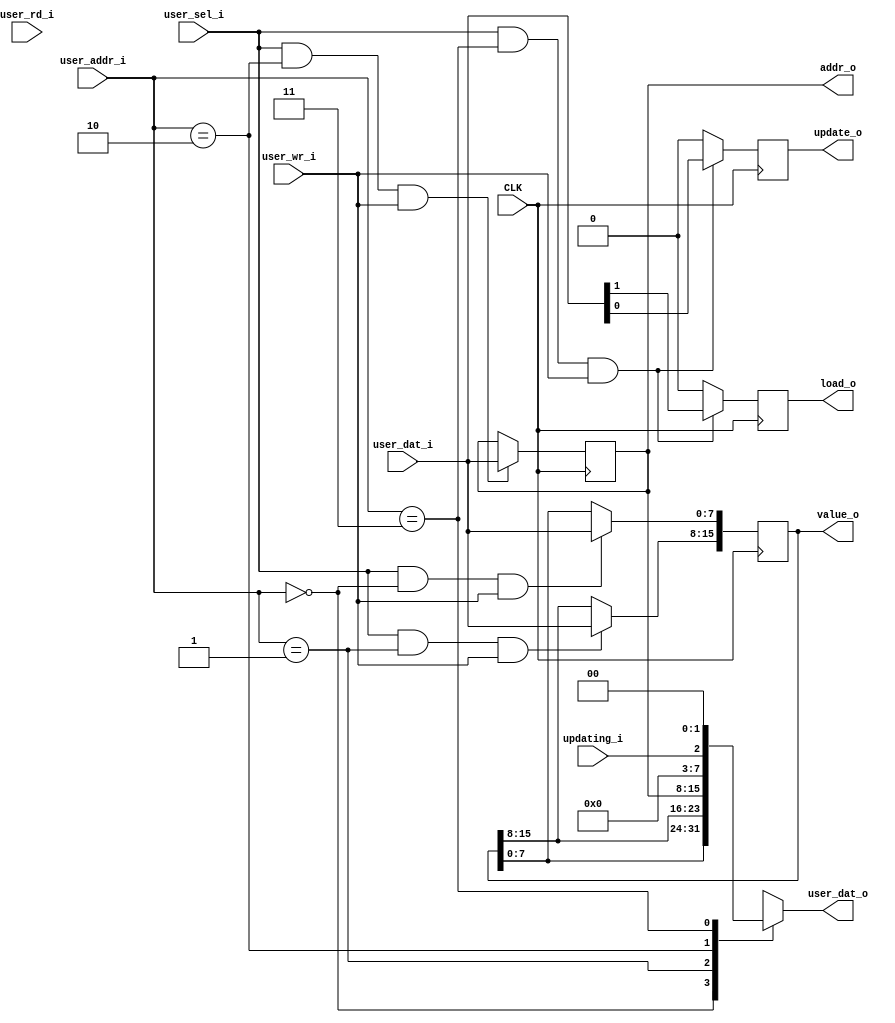
`timescale 1ns / 1ps
module RITC_DAC_Simple_interface(
		input CLK,
		input user_sel_i,
		input [1:0] user_addr_i,
		input [7:0] user_dat_i,
		output [7:0] user_dat_o,
		input user_wr_i,
		input user_rd_i,
		
		output [15:0] value_o,
		output [7:0] addr_o,
		output update_o,
		output load_o,
		input updating_i		
    );

	// Sleaze the DAC loading.
	reg [15:0] dac_value_register = {16{1'b0}};
	reg [7:0] dac_addr_register = {8{1'b0}};
	reg update_ritc = 0;
	reg load_ritc = 0;
	
	reg [7:0] data_out;
	
	always @(posedge CLK) begin
		if (user_sel_i && user_addr_i == 2'd0 && user_wr_i) dac_value_register[7:0] <= user_dat_i;
		if (user_sel_i && user_addr_i == 2'd1 && user_wr_i) dac_value_register[15:8] <= user_dat_i;
		if (user_sel_i && user_addr_i == 2'd2 && user_wr_i) dac_addr_register <= user_dat_i;
		if (user_sel_i && user_addr_i == 2'd3 && user_wr_i) begin
			update_ritc <= user_dat_i[0];
			load_ritc <= user_dat_i[1];
		end else begin
			update_ritc <= 0;
			load_ritc <= 0;
		end
	end
	always @(*) begin
		case (user_addr_i)
			2'd0: data_out <= dac_value_register[7:0];
			2'd1: data_out <= dac_value_register[15:8];
			2'd2: data_out <= dac_addr_register;
			2'd3: data_out <= {{5{1'b0}},updating_i,{2{1'b0}}};
		endcase
	end
	
	assign value_o = dac_value_register;
	assign addr_o = dac_addr_register;
	assign update_o = update_ritc;
	assign load_o = load_ritc;
	assign user_dat_o = data_out;

endmodule